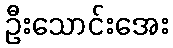
ဦးသောင်းအေး